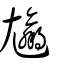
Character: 𡰟